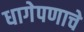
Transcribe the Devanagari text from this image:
धागेपणाचे